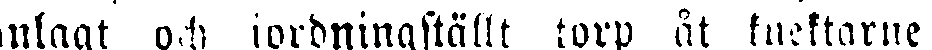
anlagt och iordningställt torp åt knektarne